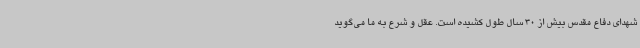
شهدای دفاع مقدس بیش از 30 سال طول کشیده است. عقل و شرع به ما می‌گوید